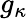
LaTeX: g_{\kappa}